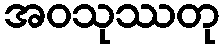
အဝသုဿတု